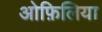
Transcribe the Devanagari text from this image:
ओफ़िलिया